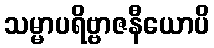
သမ္မာပရိဗ္ဗာဇနီယောပိ